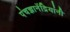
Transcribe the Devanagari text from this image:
पंचज्ञानेंद्रियांनी